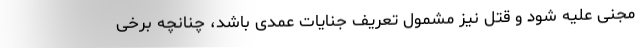
مجنی علیه شود و قتل نیز مشمول تعریف جنایات عمدی باشد، چنانچه برخی